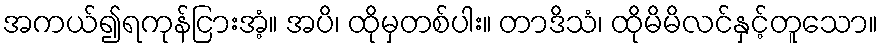
အကယ်၍ရကုန်ငြားအံ့။ အပိ၊ ထိုမှတစ်ပါး။ တာဒိသံ၊ ထိုမိမိလင်နှင့်တူသော။